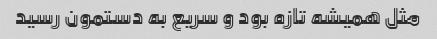
مثل همیشه تازه بود و سریع به دستمون رسید